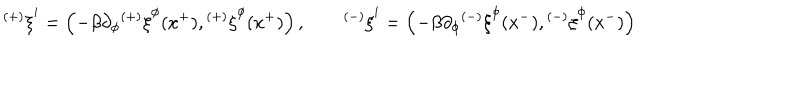
LaTeX: { ^ { ( + ) } \xi } ^ { i } = \left( - \beta \partial _ { \phi } { ^ { ( + ) } \xi } ^ { \phi } ( x ^ { + } ) , { ^ { ( + ) } \xi } ^ { \phi } ( x ^ { + } ) \right) , \qquad { ^ { ( - ) } \xi } ^ { i } = \left( - \beta \partial _ { \phi } { ^ { ( - ) } \xi } ^ { \phi } ( x ^ { - } ) , { ^ { ( - ) } \xi } ^ { \phi } ( x ^ { - } ) \right)